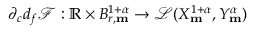
\partial _ { c } d _ { f } \mathscr { F } : \mathbb { R } \times B _ { r , \mathbf { m } } ^ { 1 + \alpha } \rightarrow \mathcal { L } ( X _ { \mathbf { m } } ^ { 1 + \alpha } , Y _ { \mathbf { m } } ^ { \alpha } )